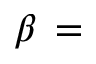
\beta \, =